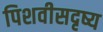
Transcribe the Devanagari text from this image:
पिशवीसदृष्य